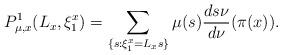
LaTeX: \begin{align*}P_{\mu,x}^{1}(L_{x},\xi_{1}^{x})=\sum_{\{s:\xi_{1}^{x}=L_{x}s\}}\mu(s)\frac{ds\nu}{d\nu}(\pi(x)).\end{align*}